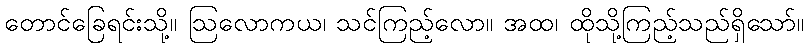
တောင်ခြေရင်းသို့။ ဩလောကယ၊ သင်ကြည့်လော။ အထ၊ ထိုသို့ကြည့်သည်ရှိသော်။